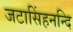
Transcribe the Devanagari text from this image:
जटासिंहनन्दि